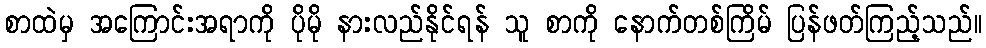
စာထဲမှ အကြောင်းအရာကို ပိုမို နားလည်နိုင်ရန် သူ စာကို နောက်တစ်ကြိမ် ပြန်ဖတ်ကြည့်သည်။